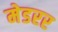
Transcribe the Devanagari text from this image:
मेडरर